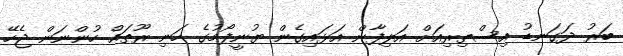
ބަރު ދަގަނޑު އިސްތިރިއަށް އަލިފާން އަޅައިގެން ޔުނީފޯމުގެ ހަނި ރޫތައް ހުންނަން ޖެހޭ